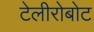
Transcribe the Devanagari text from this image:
टेलीरोबोट